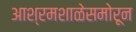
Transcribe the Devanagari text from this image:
आश्रमशाळेसमोरून